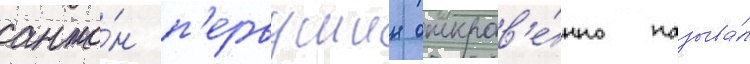
анто́н п'ервушин откров'е́нно называ́л